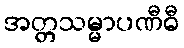
အတ္တသမ္မာပဏီဓီ